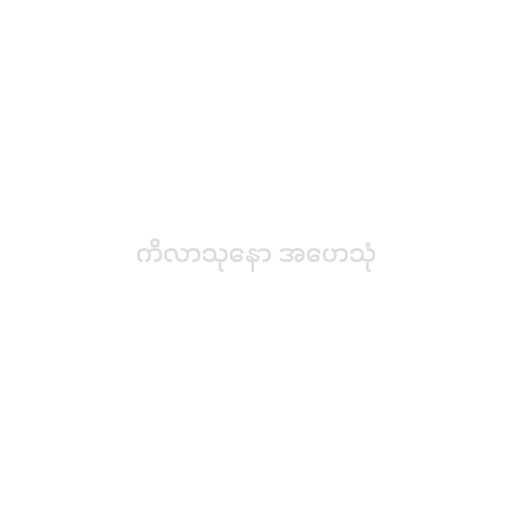
ကိလာသုနော အဟေသုံ